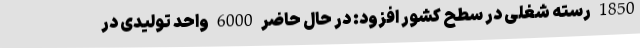
1850 رسته شغلی در سطح کشور افزود: در حال حاضر 6000 واحد تولیدی در